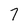
Character: 7